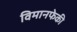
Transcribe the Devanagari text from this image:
विमानफेकी